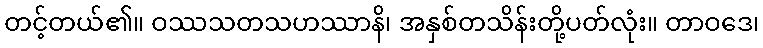
တင့်တယ်၏။ ဝဿသတသဟဿာနိ၊ အနှစ်တသိန်းတို့ပတ်လုံး။ တာဝဒေ၊